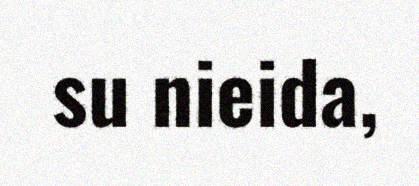
su nieida,